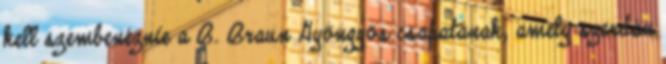
kell szembenéznie a B. Braun Gyöngyös csapatának, amely szerdán